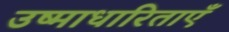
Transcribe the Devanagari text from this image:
उष्माधारिताएँ